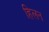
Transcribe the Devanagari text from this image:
हिलन